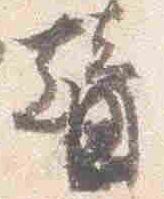
替